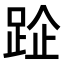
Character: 𨀣